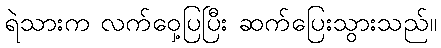
ရဲသားက လက်ဝှေ့ပြပြီး ဆက်ပြေးသွားသည်။